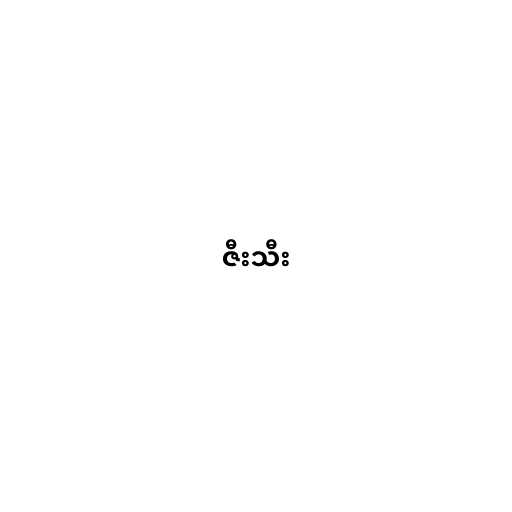
ဇီးသီး